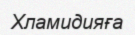
Хламидияға